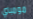
مومباي